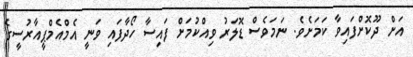
އަށް ދޫކޮށްފައިވާ ކަމަށެވެ. ނަމަވެސް ޑޮލަރު ވިއްކުމަށް ފައިސާ ހޯދާފައި ވަނީ އެމްއެމްޕީއާރުސީގެ